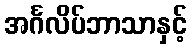
အင်္ဂလိပ်ဘာသာနှင့်